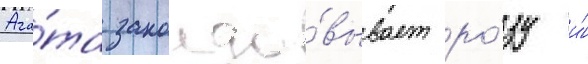
Ага́та заколдо́вывает ро́зу и́